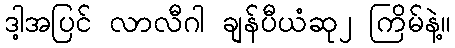
ဒါ့အပြင် လာလီဂါ ချန်ပီယံဆု၂ ကြိမ်နဲ့။